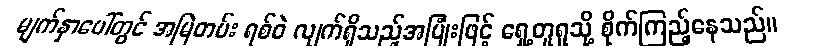
မျက်နှာပေါ်တွင် အမြဲတမ်း ရစ်ဝဲ လျက်ရှိသည့်အပြုံးဖြင့် ရှေ့တူရူသို့ စိုက်ကြည့်နေသည်။